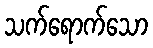
သက်ရောက်သော